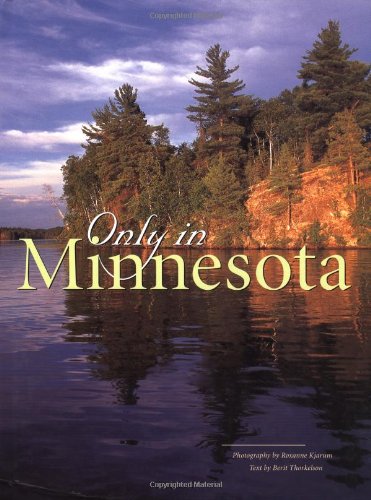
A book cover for Only in Minnesota; Roxanne Kjarum; Humor & Entertainment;